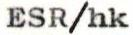
ESR/hk